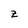
Character: z